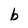
Character: b